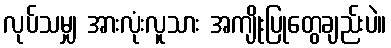
လုပ်သမျှ အားလုံးလူသား အကျိုးပြုတွေချည်းပဲ။